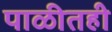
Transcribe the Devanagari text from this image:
पाळीतही